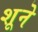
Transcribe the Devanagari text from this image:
शूने